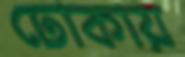
ঢোকায়